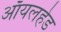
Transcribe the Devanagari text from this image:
ऑयलहेड